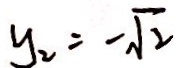
y _ { 2 } = - \sqrt { 2 }